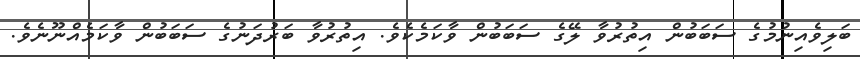
ބަލިވެއިނުމުގެ ސަބަބުން އިތުރުވާ ލޭގެ ސަބަބުން ވާކަމެކެވެ. އިތުރުވާ ބަރުދަނުގެ ސަބަބުން ވާކަމެއްނޫނެވެ.